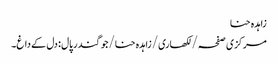
زاہدہ حنا
مرکزی صفحہ/ لکھاری/ زاہدہ حنا/جوگندر پال : دل کے داغ۔